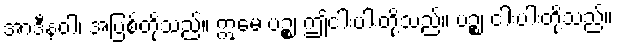
အာဒီနဝါ၊ အပြစ်တို့သည်။ ဣမေ ပဉ္စ၊ ဤငါးပါးတို့သည်။ ပဉ္စ၊ ငါးပါးတို့သည်။